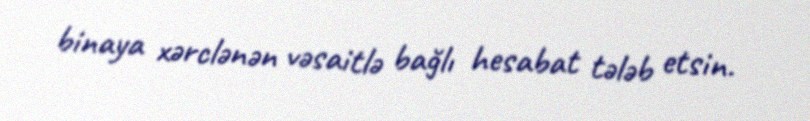
binaya xərclənən vəsaitlə bağlı hesabat tələb etsin.